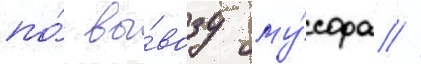
по́ вы́возу му́сора //